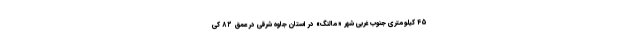
۴۵ کیلومتری جنوب غربی شهر «مالنگ» در استان جاوه شرقی در عمق ۸۲ کی